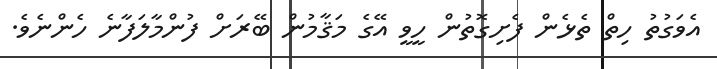
އެވަގުތު ހިތް ތެޅެން ފެށިގޮތުން ހީވީ އޭގެ މަޤާމުން ބޭރަށް ފުންމާލަފާނެ ހެންނެވެ.